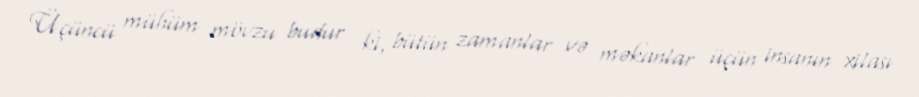
Üçüncü mühüm mövzu budur ki, bütün zamanlar və məkanlar üçün insanın xilası